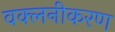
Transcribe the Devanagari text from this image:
वक्लनीकरण